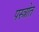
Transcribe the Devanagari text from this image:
पस्त्रोत